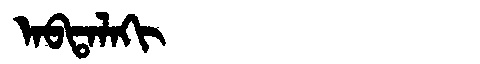
Manchu: ᠠᠪᡨᠠᠯᠠᡴᡳ
Romanization: ABTALAKI